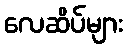
လေဆိပ်များ